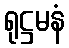
ရုဋ္ဌမနံ